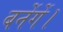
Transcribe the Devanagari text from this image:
बनेंगें।